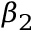
\beta _ { 2 }